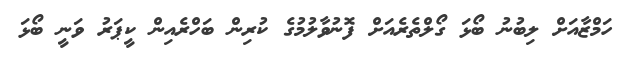
ހަމްޒާއަށް ލިބުނު ބޯޅަ ގޯލްތެރެއަށް ފޮނުވާލުމުގެ ކުރިން ބަހްރެއިން ކީޕަރު ވަނީ ބޯޅަ